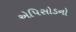
એપિસોડનો